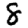
Digit: 8